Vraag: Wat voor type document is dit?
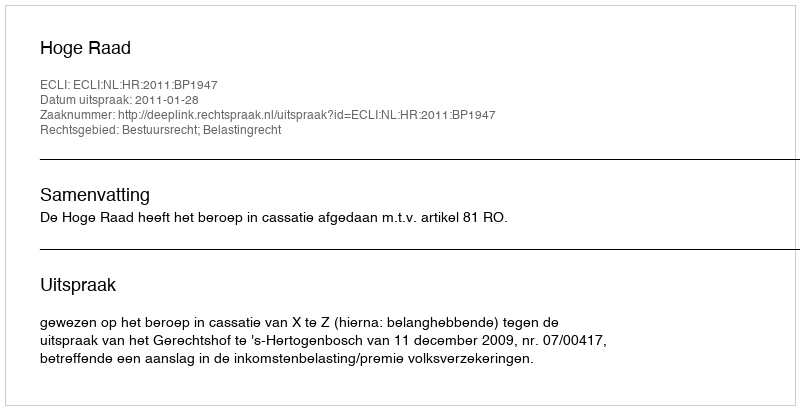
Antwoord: Uitspraak